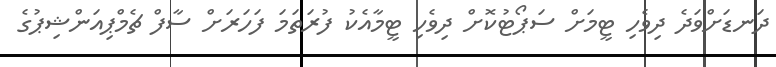
ދަނޑަށްވަދެ ދިވެހި ޓީމަށް ސަޕޯޓުކޮށް ދިވެހި ޓީމާއެކު ފުރަތަމަ ފަހަރަށް ސާފް ޗެމްޕިއަންޝިޕުގެ